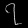
Digit: ၇